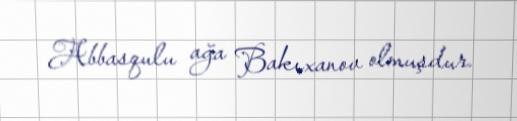
Abbasqulu ağa Bakıxanov olmuşdur.